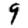
Digit: 9